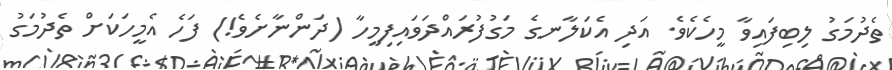
ތެދުމަގު ލިބިފައިވާ މީހެކެވެ. އަދި އެކަލާނގެ މަގުފުރައްދަވައިފިމީހާ (ދަންނާށެވެ!) ފަހެ އެމީހަކަށް ތެދުމަގު